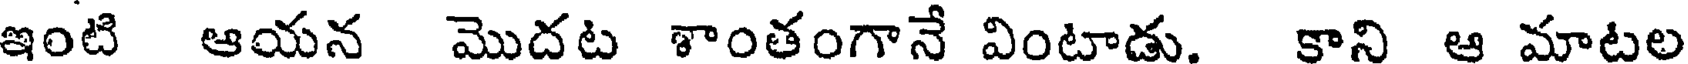
ఇంటి ఆయన మొదట శాంతంగానే వింటాడు. కాని ఆ మాటల